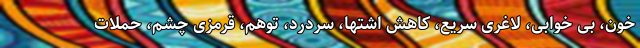
خون، بی خوابی، لاغری سریع، کاهش اشتها، سردرد، توهم، قرمزی چشم، حملات